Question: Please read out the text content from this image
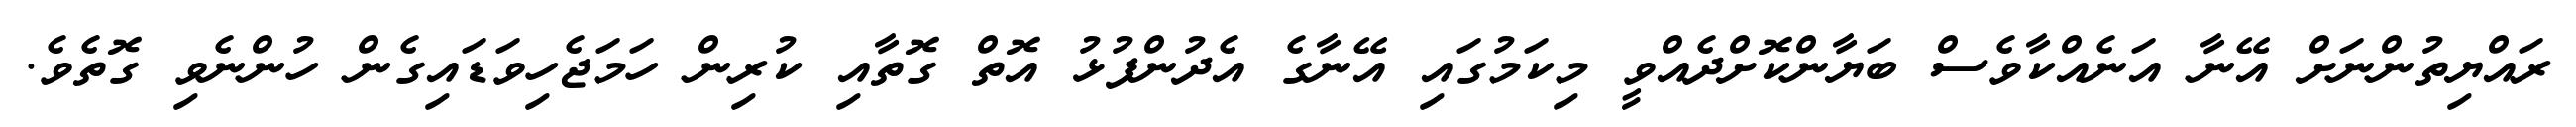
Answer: ރައްޔިތުންނަށް އޭނާ އަނެއްކާވެސް ބަޔާންކޮށްދެއްވީ މިކަމުގައި އޭނާގެ އެދުންފުޅު އޮތް ގޮތާއި ކުރިން ހަމަޖެހިވަޑައިގެން ހުންނެވި ގޮތެވެ.